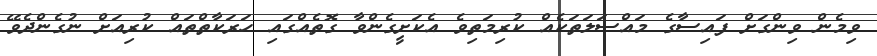
ވިމެން ވިންގަށް ފައިސާގެ މައްސަލަތަކެއް ކުރިމަތިވެ އެކަށީގެންވާ ގޮތެއްގައި ހަރަކާތްތައް ކުރިއަށް ނުގެންދެވޭ